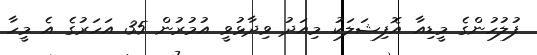
ފުލުހުންގެ މީޑިއާ އޮފިޝަލަކު މިއަދު ވިދާޅުވީ އުމުރުން 35 އަހަރުގެ އެ މީހާ